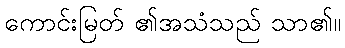
ကောင်းမြတ် ၏အသံသည် သာ၏။